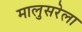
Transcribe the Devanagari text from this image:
मालुसरेला